Madras plague regulations and rules for district municipalities and other towns and villages
Disease focus: Plague
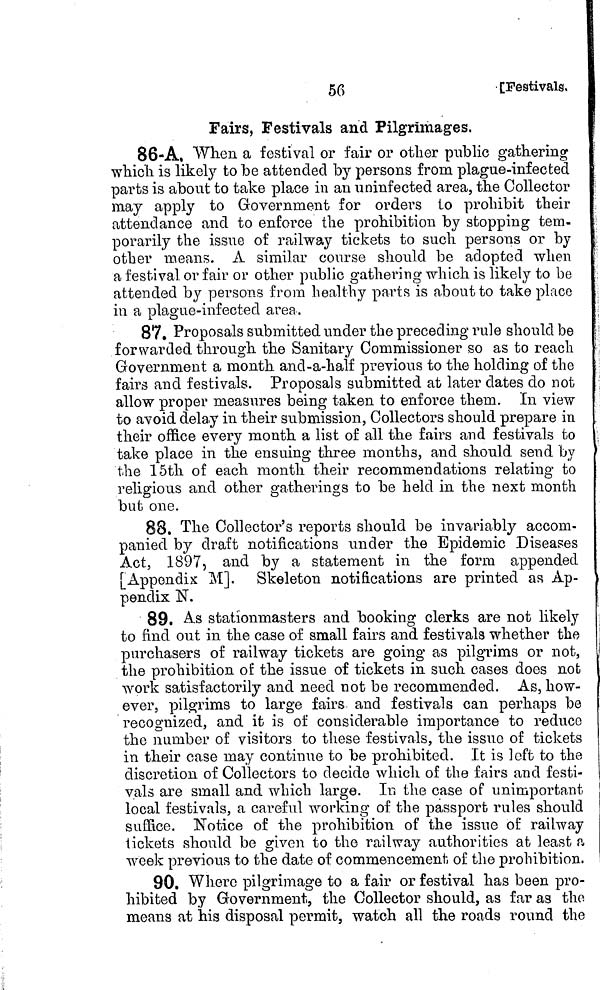
56
[Festivals,
Fairs, Festivals and Pilgrimages,
86-A, When a festival or fair or other public gathering
which is likely to be attended by persons from plague-infected
parts is about to take place in an uninfected area, the Collector
may apply to Government for orders to prohibit their
attendance and to enforce the prohibition by stopping tem-
porarily the issue of railway tickets to such persons or by
other means. A similar course should be adopted when
a festival or fair or other public gathering which is likely to be
attended by persons from healthy parts is about to take place
in a plague-infected area.
87. Proposals submitted under the preceding rule should be
forwarded through the Sanitary Commissioner so as to reach
Government a month and-a-half previous to the holding of the
fairs and festivals. Proposals submitted at later dates do not
allow proper measures being taken to enforce them. In view
to avoid delay in their submission, Collectors should prepare in
their office every month a list of all the fairs and festivals to
take place in the ensuing three months, and should send by
the 15th of each month their recommendations relating to
religious and other gatherings to be held in the next month
but one.
88. The Collector's reports should be invariably accom-
panied by draft notifications under the Epidemic Diseases
Act, 1897, and by a statement in the form appended
[Appendix M]. Skeleton notifications are printed as Ap-
pendix N.
89. As stationmasters and booking clerks are not likely
to find out in the case of small fairs and festivals whether the
purchasers of railway tickets are going as pilgrims or not,
the prohibition of the issue of tickets in such cases does not
work satisfactorily and need not be recommended. As, how-
ever, pilgrims to large fairs and festivals can perhaps be
recognized, and it is of considerable importance to reduce
the number of visitors to these festivals, the issue of tickets
in their case may continue to be prohibited. It is left to the
discretion of Collectors to decide which of the fairs and festi-
vals are small and which large. In the case of unimportant
local festivals, a careful working of the passport rules should
suffice. Notice of the prohibition of the issue of railway
tickets should be given to the railway authorities at least a
week previous to the date of commencement of the prohibition.
90. Where pilgrimage to a fair or festival has been pro-
hibited by Government, the Collector should, as far as the
means at his disposal permit, watch all the roads round the